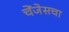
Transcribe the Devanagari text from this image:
चेंजेसचा